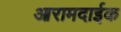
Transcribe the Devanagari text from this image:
आरामदाईक